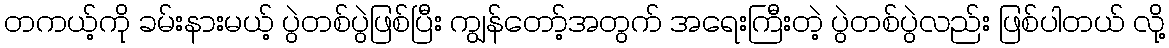
တကယ့်ကို ခမ်းနားမယ့် ပွဲတစ်ပွဲဖြစ်ပြီး ကျွန်တော့်အတွက် အရေးကြီးတဲ့ ပွဲတစ်ပွဲလည်း ဖြစ်ပါတယ် လို့